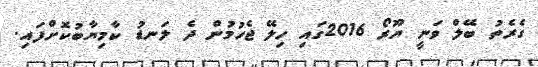
ގެރެތު ބޭލް ވަނީ ޔޫރޯ 2016ގައި ހިލޭ ޖެހުމުން ދެ ލަނޑު ކާމިޔާބުކޮށްފައި.